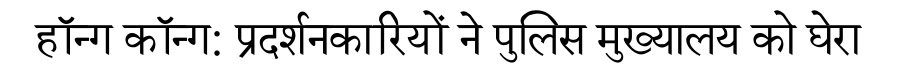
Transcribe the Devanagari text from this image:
हॉन्ग कॉन्ग: प्रदर्शनकारियों ने पुलिस मुख्यालय को घेरा